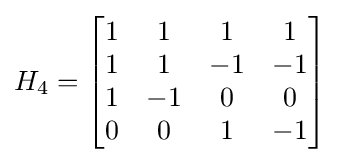
H_{4}={\begin{bmatrix}1&1&1&1\\1&1&-1&-1\\1&-1&0&0\\0&0&1&-1\end{bmatrix}}